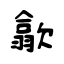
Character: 歙